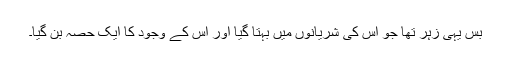
بس یہی زہر تھا جو اُس کی شریانوں میں بہتا گیا اور اُس کے وجود کا ایک حصّہ بن گیا۔